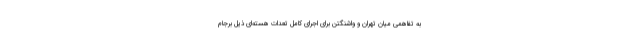
به تفاهمی میان تهران و واشنگتن برای اجرای کامل تعدات هسته‌ای ذیل برجام